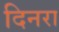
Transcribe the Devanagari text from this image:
दिनरा